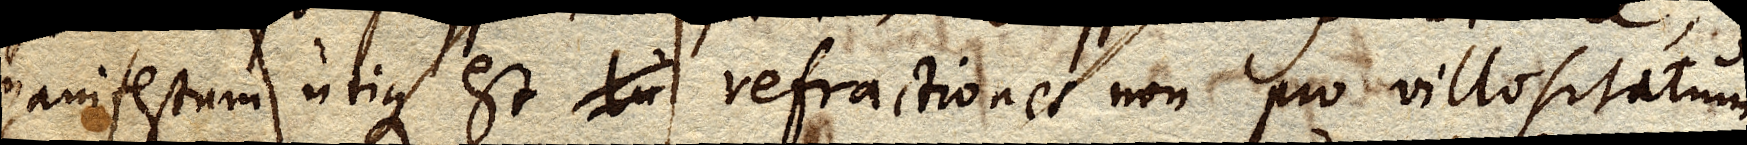
manifestum utique est lu refractiones non pro villositatum